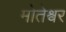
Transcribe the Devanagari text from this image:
मोतेश्वर